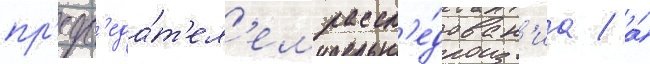
пр'едс'еда́т'ел'ем рассл'е́дован'иа / а́